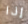
إذا